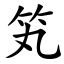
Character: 笂